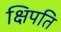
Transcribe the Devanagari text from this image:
क्षिपति